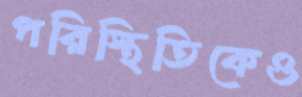
পরিস্থিতিকেও